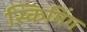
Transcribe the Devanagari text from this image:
स्किमिंग